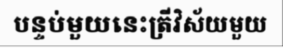
បន្ទប់មួយនេះត្រីវិស័យមួយ